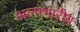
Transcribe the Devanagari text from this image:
अल्पभारीय